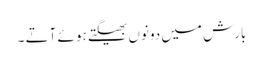
بارش میں دونوں بھیگتے ہو ئے آتے ۔